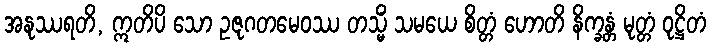
အနုဿရတိ, ဣတိပိ သော ဥဇုဂတမေဝဿ တသ္မိံ သမယေ စိတ္တံ ဟောတိ နိက္ခန္တံ မုတ္တံ ဝုဋ္ဌိတံ